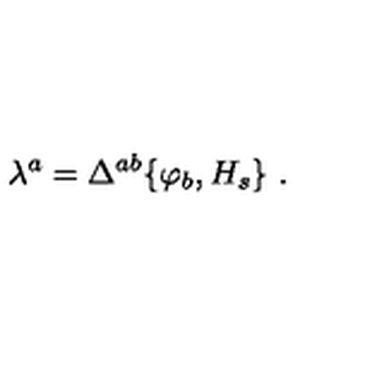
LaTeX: \lambda ^ { a } = \Delta ^ { a b } \{ \varphi _ { b } , H _ { s } \} \ .